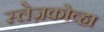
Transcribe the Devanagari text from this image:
स्लेज़कोव्हा